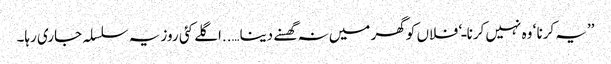
’’یہ کرنا ‘ وہ نہیں کرنا ـ‘ فلاں کو گھر میں نہ گھسنے دینا…..اگلے کئی روز یہ سلسلہ جاری رہا۔